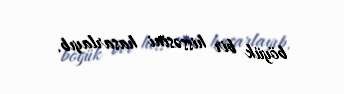
böyük bir hissəsini hasarlayıb.